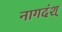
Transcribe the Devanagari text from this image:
नागदंश्